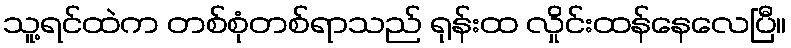
သူ့ရင်ထဲက တစ်စုံတစ်ရာသည် ရုန်းထ လှိုင်းထန်နေလေပြီ။